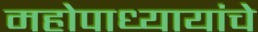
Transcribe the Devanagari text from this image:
महोपाध्यायांचे